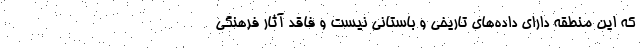
که این منطقه دارای داده‌های تاریخی و باستانی نیست و فاقد آثار فرهنگی